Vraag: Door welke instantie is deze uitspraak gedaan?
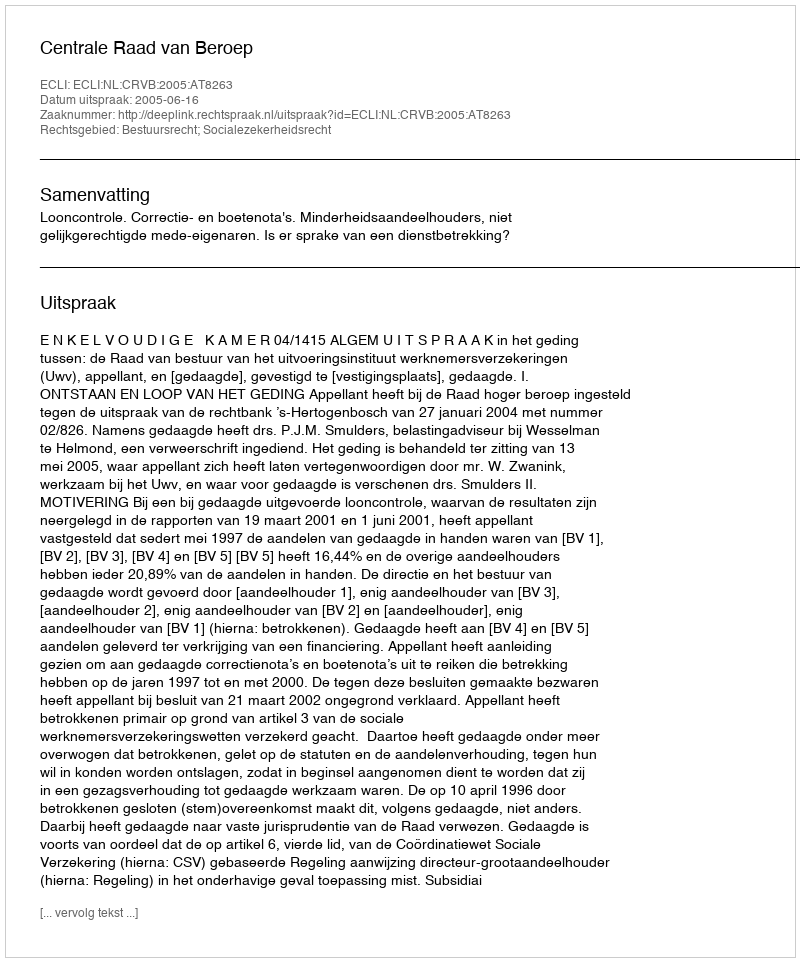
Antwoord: Centrale Raad van Beroep